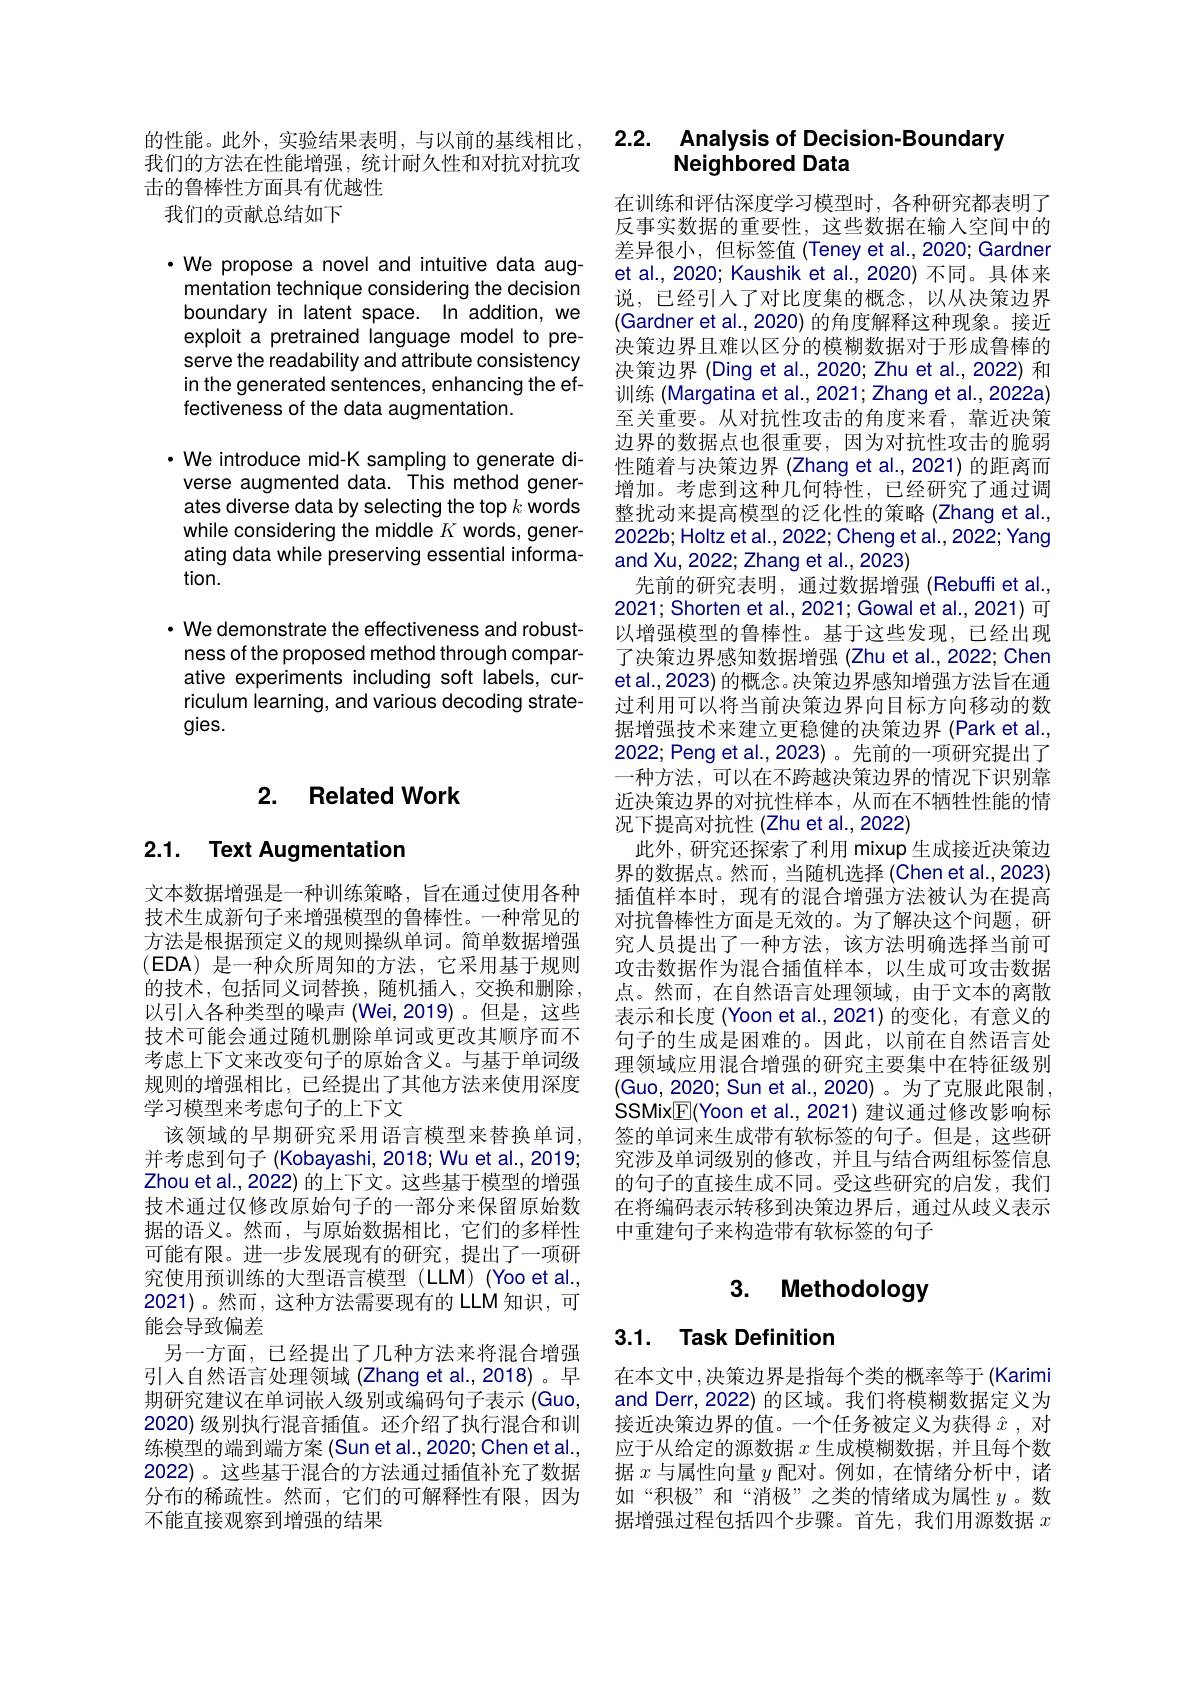
的性能。此外，实验结果表明，与以前的基线相比， 我们的方法在性能增强，统计耐久性和对抗对抗攻击的鲁棒性方面具有优越性
我们的贡献总结如下

$\cdot$ We propose a novel and intuitive data augmentation technique considering the decision boundary in latent space. In addition, we exploit a pretrained language model to preserve the readability and attribute consistency in the generated sentences, enhancing the effectiveness of the data augmentation.

$\cdot$ We introduce mid-K sampling to generate diverse augmented data. This method generates diverse data by selecting the top $k$ words while considering the middle $K$ words, generating data while preserving essential information.

· We demonstrate the effectiveness and robustness of the proposed method through comparative experiments including soft labels, curriculum learning, and various decoding strategies.

## 2. Related Work

## 2.1. Text Augmentation

文本数据增强是一种训练策略，旨在通过使用各种技术生成新句子来增强模型的鲁棒性。一种常见的方法是根据预定义的规则操纵单词。简单数据增强$(\mathsf{EDA})$是一种众所周知的方法，它采用基于规则的技术，包括同义词替换，随机插入，交换和删除， 以引入各种类型的噪声 (Wei,2019)。但是，这些技术可能会通过随机删除单词或更改其顺序而不考虑上下文来改变句子的原始含义。与基于单词级规则的增强相比，已经提出了其他方法来使用深度学习模型来考虑句子的上下文
该领域的早期研究采用语言模型来替换单词， 并考虑到句子 (Kobayashi, 2018; Wu et al., 2019; Zhou et al., 2022) 的上下文。这些基于模型的增强技术通过仅修改原始句子的一部分来保留原始数据的语义。然而，与原始数据相比，它们的多样性可能有限。进一步发展现有的研究，提出了一项研究使用预训练的大型语言模型(LLM)(Yoo et al., 2021)。然而，这种方法需要现有的 LLM 知识，可能会导致偏差
另一方面，已经提出了几种方法来将混合增强引人自然语言处理领域 (Zhang et al.,2018)。早期研究建议在单词嵌入级别或编码句子表示 (Guo, 2020) 级别执行混音插值。还介绍了执行混合和训练模型的端到端方案 (Sun et al.,2020; Chen et al., 2022)。这些基于混合的方法通过插值补充了数据分布的稀疏性。然而，它们的可解释性有限，因为不能直接观察到增强的结果

### 2.2. Analysis of Decision-Boundary Neighbored Data

在训练和评估深度学习模型时，各种研究都表明了反事实数据的重要性，这些数据在输人空间中的差异很小，但标签值 (Teney et al.,2020; Gardner et al., 2020; Kaushik et al., 2020) 不同。具体来说，已经引入了对比度集的概念，以从决策边界(Gardner et al., 2020) 的角度解释这种现象。接近决策边界且难以区分的模糊数据对于形成鲁棒的决策边界 (Ding et al., 2020; Zhu et al., 2022) 和训练 (Margatina et al., 2021; Zhang et al., 2022a) 至关重要。从对抗性攻击的角度来看，靠近决策边界的数据点也很重要，因为对抗性攻击的脆弱性随着与决策边界 (Zhang et al., 2021) 的距离而增加。考虑到这种几何特性，已经研究了通过调整扰动来提高模型的泛化性的策略 (Zhang et al., 2022b; Holtz et al., 2022; Cheng et al., 2022; Yang and Xu, 2022; Zhang et al., 2023)
先前的研究表明，通过数据增强 (Rebuffi et al. 2021; Shorten et al., 2021; Gowal et al., 2021) 可以增强模型的鲁棒性。基于这些发现，已经出现了决策边界感知数据增强 (Zhu et al., 2022; Chen et al., 2023) 的概念。决策边界感知增强方法旨在通过利用可以将当前决策边界向目标方向移动的数据增强技术来建立更稳健的决策边界 (Park et al., 2022; Peng et al., 2023)。先前的一项研究提出了一种方法，可以在不跨越决策边界的情况下识别靠近决策边界的对抗性样本，从而在不牺牲性能的情况下提高对抗性(Zhu et al., 2022)
此外，研究还探索了利用 mixup 生成接近决策边界的数据点。然而，当随机选择 (Chen et al.,2023) 插值样本时，现有的混合增强方法被认为在提高对抗鲁棒性方面是无效的。为了解决这个问题，研究人员提出了一种方法，该方法明确选择当前可攻击数据作为混合插值样本，以生成可攻击数据点。然而，在自然语言处理领域，由于文本的离散表示和长度 (Yoon et al.,2021) 的变化，有意义的句子的生成是困难的。因此，以前在自然语言处理领域应用混合增强的研究主要集中在特征级别(Guo, 2020; Sun et al., 2020)。为了克服此限制， SSMix$\boxed{\mathbb{E}}($Yoon et al.,2021) 建议通过修改影响标签的单词来生成带有软标签的句子。但是，这些研究涉及单词级别的修改，并且与结合两组标签信息的句子的直接生成不同。受这些研究的启发，我们在将编码表示转移到决策边界后，通过从歧义表示中重建句子来构造带有软标签的句子

# 3. Methodology

# 3.1. Task Definition

在本文中，决策边界是指每个类的概率等于 (Karimi and Derr, 2022) 的区域。我们将模糊数据定义为接近决策边界的值。一个任务被定义为获得$\hat{x}$ ,对应于从给定的源数据$x$生成模糊数据，并且每个数据$x$与属性向量$y$配对。例如，在情绪分析中，诸如“积极”和“消极”之类的情绪成为属性$y$。数据增强过程包括四个步骤。首先，我们用源数据$x$